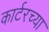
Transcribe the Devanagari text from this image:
कार्टरच्या